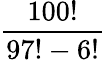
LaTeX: \frac{100!}{97!-6!}